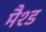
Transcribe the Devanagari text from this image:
मैश्ड